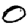
Digit: 0